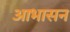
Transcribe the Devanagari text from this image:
आभासन